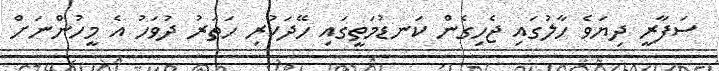
ސަފާރީ ދިޔަވެ ހާލުގައި ޖެހިގެން ކަނޑުމަތީގައި ހޭދަކުރި ހަތަރު ދުވަހު އެ މީހުންނަށް